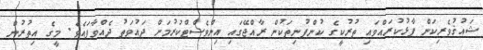
ޝައުޤުވެރިކަން ފާޅުކުރައްވައި ތުރުކީގެ ކުންފުނިތަކުން ރާއްޖޭގައި އިންވެސްޓްކުރުމަށް ދައުވަތު ދެއްވާފައެވެ. މީގެ އިތުރުން